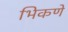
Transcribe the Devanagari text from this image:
भिकणे